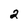
Character: 2